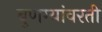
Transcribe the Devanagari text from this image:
बुणग्यांवरती